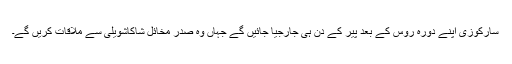
سارکوزی اپنے دورہ روس کے بعد پیر کے دن ہی جارجیا جائیں گے جہاں وہ صدر مخائل شاکاشویلی سے ملاقات کریں گے۔